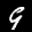
Label: 9